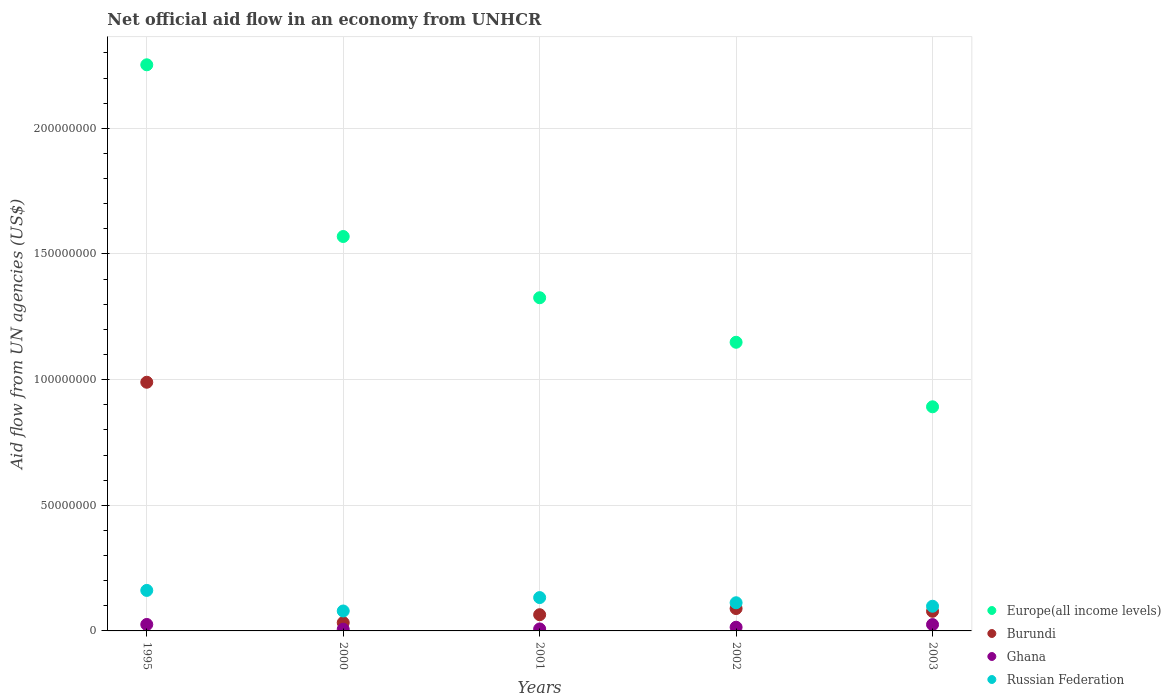
| Years | Europe(all income levels) | Burundi | Ghana | Russian Federation |
 | --- | --- | --- | --- | --- |
 | 1995 | 2.25e+08 | 9.9e+07 | 2.57e+06 | 1.61e+07 |
 | 2000 | 1.57e+08 | 3.29e+06 | 6.8e+05 | 7.93e+06 |
 | 2001 | 1.33e+08 | 6.45e+06 | 7.9e+05 | 1.33e+07 |
 | 2002 | 1.15e+08 | 8.9e+06 | 1.47e+06 | 1.12e+07 |
 | 2003 | 8.92e+07 | 7.81e+06 | 2.53e+06 | 9.82e+06 |